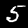
Digit: 5